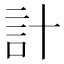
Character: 計